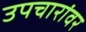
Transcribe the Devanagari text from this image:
उपचारांवर